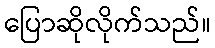
ပြောဆိုလိုက်သည်။